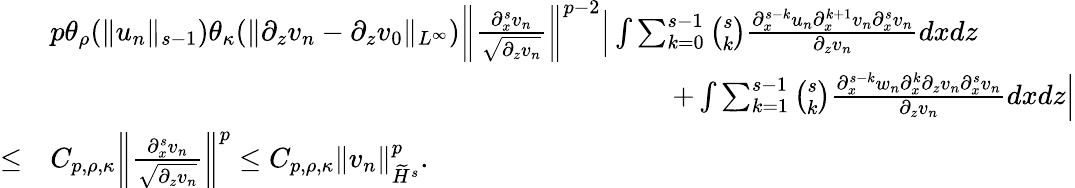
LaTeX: \begin{array}{rl}&{p\theta_{\rho}(\| u_{n}\| _{s-1})\theta_{\kappa}(\| \partial_{z}v_{n}-\partial_{z}v_{0}\| _{L^{\infty}})\left\| \frac{\partial_{x}^{s}v_{n}}{\sqrt{\partial_{z}v_{n}}}\right\| ^{p-2}\Big|\int\sum_{k=0}^{s-1}\binom{s}{k}\frac{\partial_{x}^{s-k}u_{n}\partial_{x}^{k+1}v_{n}\partial_{x}^{s}v_{n}}{\partial_{z}v_{n}}dxdz}\\ &{\qquad\qquad\qquad\qquad\qquad\qquad\qquad\qquad\qquad\qquad\qquad+\int\sum_{k=1}^{s-1}\binom{s}{k}\frac{\partial_{x}^{s-k}w_{n}\partial_{x}^{k}\partial_{z}v_{n}\partial_{x}^{s}v_{n}}{\partial_{z}v_{n}}dxdz\Big|}\\ {\leq}&{C_{p,\rho,\kappa}\left\| \frac{\partial_{x}^{s}v_{n}}{\sqrt{\partial_{z}v_{n}}}\right\| ^{p}\leq C_{p,\rho,\kappa}\| v_{n}\| _{\widetilde H^{s}}^{p}.}\end{array}